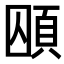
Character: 𮨃